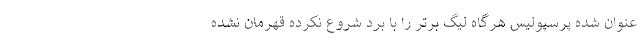
عنوان شده پرسپولیس هر‌گاه لیگ برتر را با برد شروع نکرده قهرمان نشده